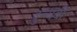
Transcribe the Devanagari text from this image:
दुन्यवी